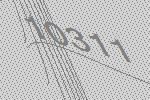
10311